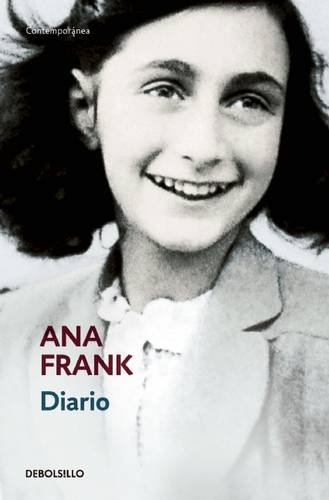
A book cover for El Diario de Ana Frank (Anne Frank: The Diary of a Young Girl) (Spanish Edition); Ana Frank; Literature & Fiction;